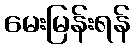
မေးမြန်းရန်